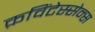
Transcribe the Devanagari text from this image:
क़विंटेस्सेन्स